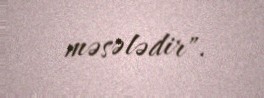
məsələdir".